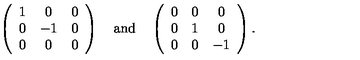
\left( \begin{array} { c c c } { 1 } & { 0 } & { 0 } \\ { 0 } & { - 1 } & { 0 } \\ { 0 } & { 0 } & { 0 } \\ \end{array} \right) \quad \mathrm { a n d } \quad \left( \begin{array} { c c c } { 0 } & { 0 } & { 0 } \\ { 0 } & { 1 } & { 0 } \\ { 0 } & { 0 } & { - 1 } \\ \end{array} \right) .